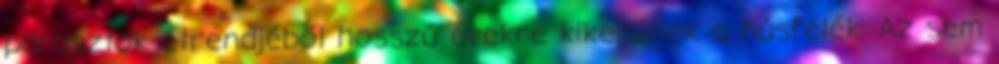
parasztok étrendjéből hosszú évekre kikerültek a húsfélék. Az sem